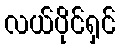
လယ်ပိုင်ရှင်